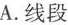
A.线段